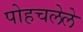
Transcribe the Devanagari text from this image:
पोहचलेले